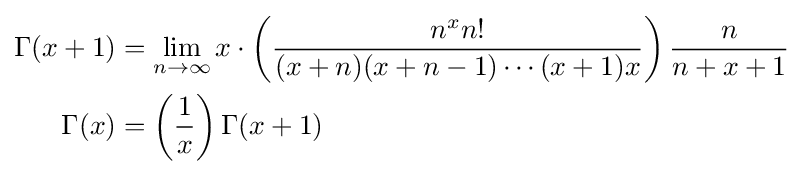
{\begin{aligned}\Gamma (x+1)&=\lim _{n\to \infty }x\cdot \left({\frac {n^{x}n!}{(x+n)(x+n-1)\cdots (x+1)x}}\right){\frac {n}{n+x+1}}\\\Gamma (x)&=\left({\frac {1}{x}}\right)\Gamma (x+1)\end{aligned}}